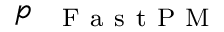
p _ { \mathrm { ~ \textsc ~ { ~ F ~ a ~ s ~ t ~ P ~ M ~ } ~ } }